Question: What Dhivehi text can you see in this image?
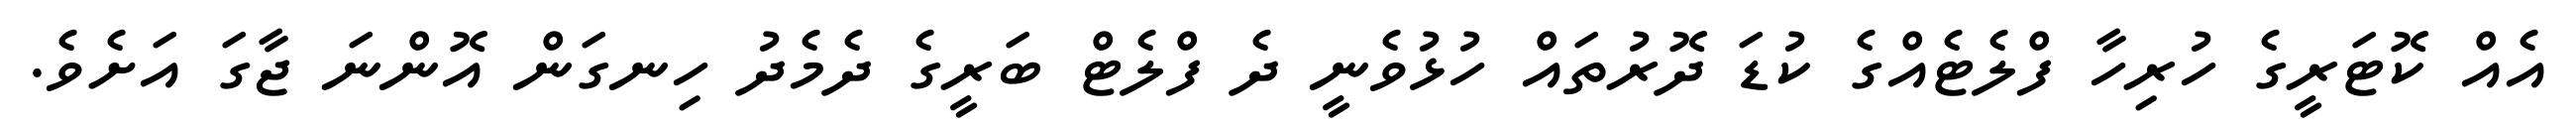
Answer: އެއް ކޮޓަރީގެ ހުރިހާ ފްލެޓެއްގެ ކުޑަ ދޮރުތައް ހުޅުވެނީ ދެ ފްލެޓް ބަރީގެ ދެމެދު ހިނގަން އޮންނަ ޖާގަ އަށެވެ.